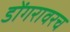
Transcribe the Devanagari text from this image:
डोंगरावरच